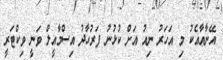
އޭނާއާއެކު މި އަހަރު ނިއު އަށް ކުޅުނު ފަރުހާދު އިސްމާއީލް ވަނީ ވިކްޓަރީ